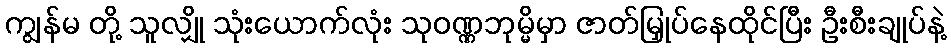
ကျွန်မ တို့ သူလျှို သုံးယောက်လုံး သုဝဏ္ဏဘုမ္မိမှာ ဇာတ်မြှုပ်နေထိုင်ပြီး ဦးစီးချုပ်နဲ့